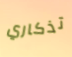
تذكاري